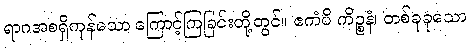
ရာဂအစရှိကုန်သော ကြောင့်ကြခြင်းတို့တွင်။ ဧကံပိ ကိဉ္စနံ၊ တစ်ခုခုသော